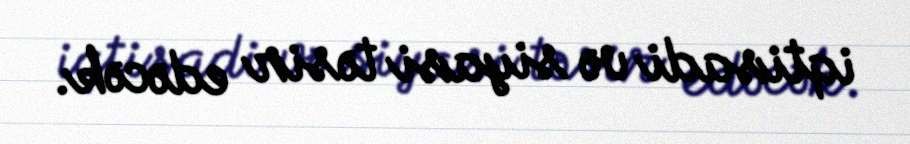
iqtisadi və siyasi təsir edəcək.